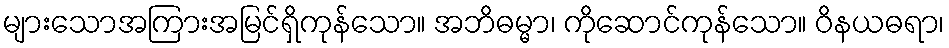
များသောအကြားအမြင်ရှိကုန်သော။ အဘိဓမ္မာ၊ ကိုဆောင်ကုန်သော။ ဝိနယဓရာ၊